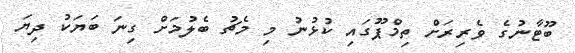
ބޫޓާނުގެ ވެރިރަށް ތިމްޕޫގައި ކުޅުނު މި މެޗު ބެލުމަށް ގިނަ ބަޔަކު ދިޔަ